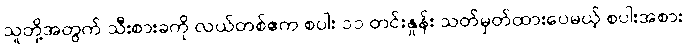
သူတို့အတွက် သီးစားခကို လယ်တစ်ဧက စပါး ၁၁ တင်းနှုန်း သတ်မှတ်ထားပေမယ့် စပါးအစား